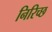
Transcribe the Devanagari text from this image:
निरिच्छ